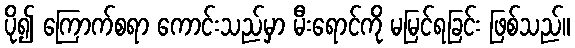
ပို၍ ကြောက်စရာ ကောင်းသည်မှာ မီးရောင်ကို မမြင်ရခြင်း ဖြစ်သည်။